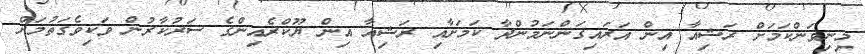
މިނިވަންކަމަށް ރަޝިއާ އިން އަރައިގަންނަމުންދާ ކަމަށާއި ރަޝިއާ އިން ޔޫކްރެއިންގެ ސަރުކާރުން ވަކިވެގަތުމަށް